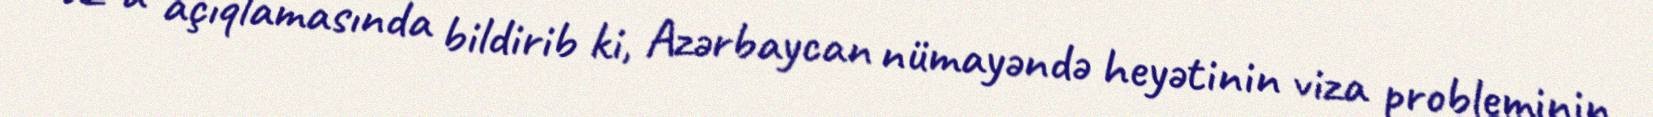
az-a açıqlamasında bildirib ki, Azərbaycan nümayəndə heyətinin viza probleminin